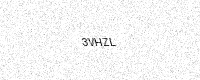
Text: 3VHZL